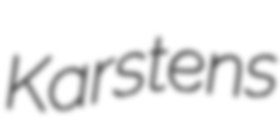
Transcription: Karstens